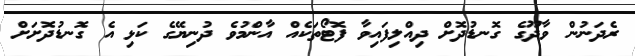
ރެދަނުން ވާދޫގެ ގޮނޑުދޮށް ދިއްލިފައިވާ ފޮޓޯތަކެއް އާންމުވެ ދުނިޔޭގެ ކަޅި އެ ގޮނޑުދޮށަށް